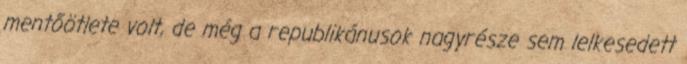
mentőötlete volt, de még a republikánusok nagyrésze sem lelkesedett